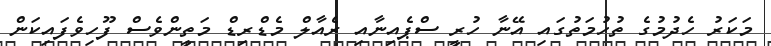
މަކަރު ހެދުމުގެ ތުހުމަތުގައި އޭނާ ހުރީ ސްޕެއިނާއި ރެއާލް މެޑްރިޑް މަތީންވެސް ފޫހިވެފައިކަން